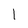
Character: l